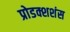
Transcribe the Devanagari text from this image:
प्रोडक्शशंस